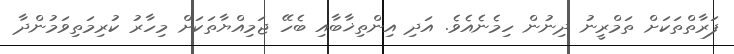
ފަރާތްތަކަށް ތަމްރީނު ދިނުން ހިމެނެއެވެ. އަދި އިންތިޚާބާއި ބެހޭ ޖަމިއްޔާތަކަށް މިހާރު ކުރިމަތިވަމުންދާ